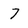
Character: 7